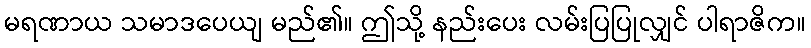
မရဏာယ သမာဒပေယျ မည်၏။ ဤသို့ နည်းပေး လမ်းပြပြုလျှင် ပါရာဇိက။